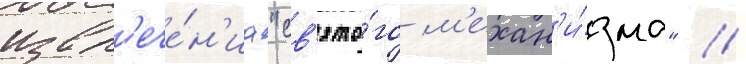
извл'ече́н'иа "св'ято́го м'ехан'и́зма" //